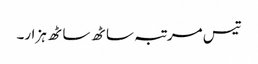
تیس مرتبہ ساٹھ ساٹھ ہزار۔